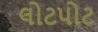
લોટપોટ